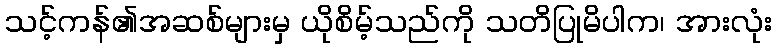
သင့်ကန်၏အဆစ်များမှ ယိုစိမ့်သည်ကို သတိပြုမိပါက၊ အားလုံး